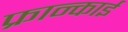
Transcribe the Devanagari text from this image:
फ्रान्काई